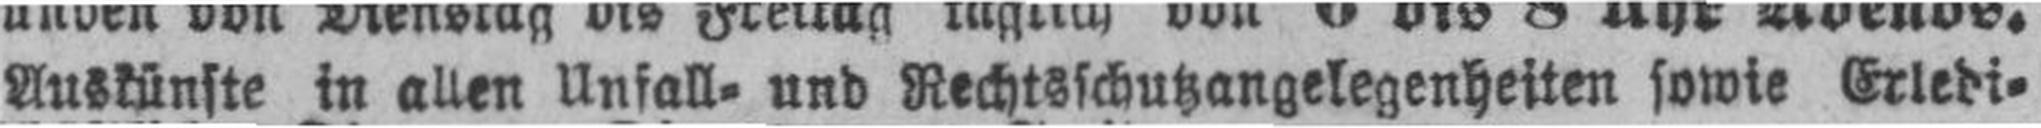
Auskünste in allen Unfall= und Rechtsschutzangelegenheiten sowie Erledi¬